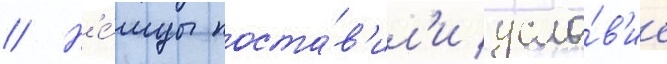
// Н'е́мцы поста́в'ил'и усло́в'ие